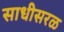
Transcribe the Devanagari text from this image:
साधीसरळ